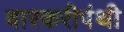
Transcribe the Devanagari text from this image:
वारकरीपंथी